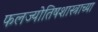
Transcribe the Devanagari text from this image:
फलज्योतिषशास्त्राच्या